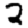
Digit: 2